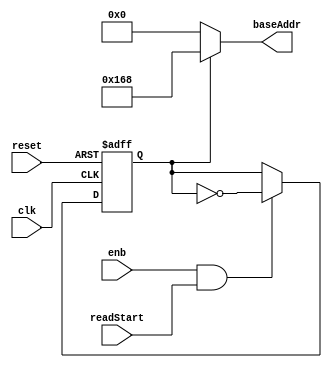
// -------------------------------------------------------------
// 
// 
// Generated by MATLAB 9.13 and HDL Coder 4.0
// 
// -------------------------------------------------------------


// -------------------------------------------------------------
// 
// Module: whdlOFDMTx_Generate_Base_Read_Address
// Source Path: whdlOFDMTx/Frame Generator/Data/Data Chain/Symbol Interleaver/Interleaver/Read Logic/Generate Base 
// Read Addres
// Hierarchy Level: 9
// 
// -------------------------------------------------------------

`timescale 1 ns / 1 ns

module whdlOFDMTx_Generate_Base_Read_Address
          (clk,
           reset,
           enb,
           readStart,
           baseAddr);


  input   clk;
  input   reset;
  input   enb;
  input   readStart;
  output  [8:0] baseAddr;  // ufix9


  reg  Unit_Delay_Enabled_Synchronous2_out1;
  wire Logical_Operator7_out1;
  wire [8:0] Constant1_out1;  // ufix9
  wire [8:0] Constant5_out1;  // ufix9
  wire [8:0] Switch1_out1;  // ufix9


  assign Logical_Operator7_out1 =  ~ Unit_Delay_Enabled_Synchronous2_out1;



  always @(posedge clk or posedge reset)
    begin : Unit_Delay_Enabled_Synchronous2_process
      if (reset == 1'b1) begin
        Unit_Delay_Enabled_Synchronous2_out1 <= 1'b1;
      end
      else begin
        if (enb && readStart) begin
          Unit_Delay_Enabled_Synchronous2_out1 <= Logical_Operator7_out1;
        end
      end
    end



  assign Constant1_out1 = 9'b000000000;



  assign Constant5_out1 = 9'b101101000;



  assign Switch1_out1 = (Unit_Delay_Enabled_Synchronous2_out1 == 1'b0 ? Constant1_out1 :
              Constant5_out1);



  assign baseAddr = Switch1_out1;

endmodule  // whdlOFDMTx_Generate_Base_Read_Address